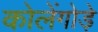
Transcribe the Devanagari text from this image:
कोलेंगोड़े